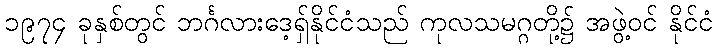
၁၉၇၄ ခုနှစ်တွင် ဘင်္ဂလားဒေ့ရှ်နိုင်ငံသည် ကုလသမဂ္ဂတို့၌ အဖွဲ့ဝင် နိုင်ငံ